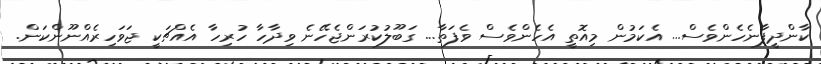
ކާންދީފާނެހެންވެސް... އެކަމުން މިއޮތީ އެހެންވެސް ވެފަތާ... ގަބޫލުކުރަންޖެހޭނެ ވިދާހާ ހުރިހާ އެއްޗަކީ ޖަވަހިރެއްނޫންކަން.